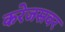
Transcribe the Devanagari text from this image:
करेजसवर